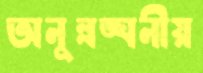
অনুল্লঙ্ঘনীয়